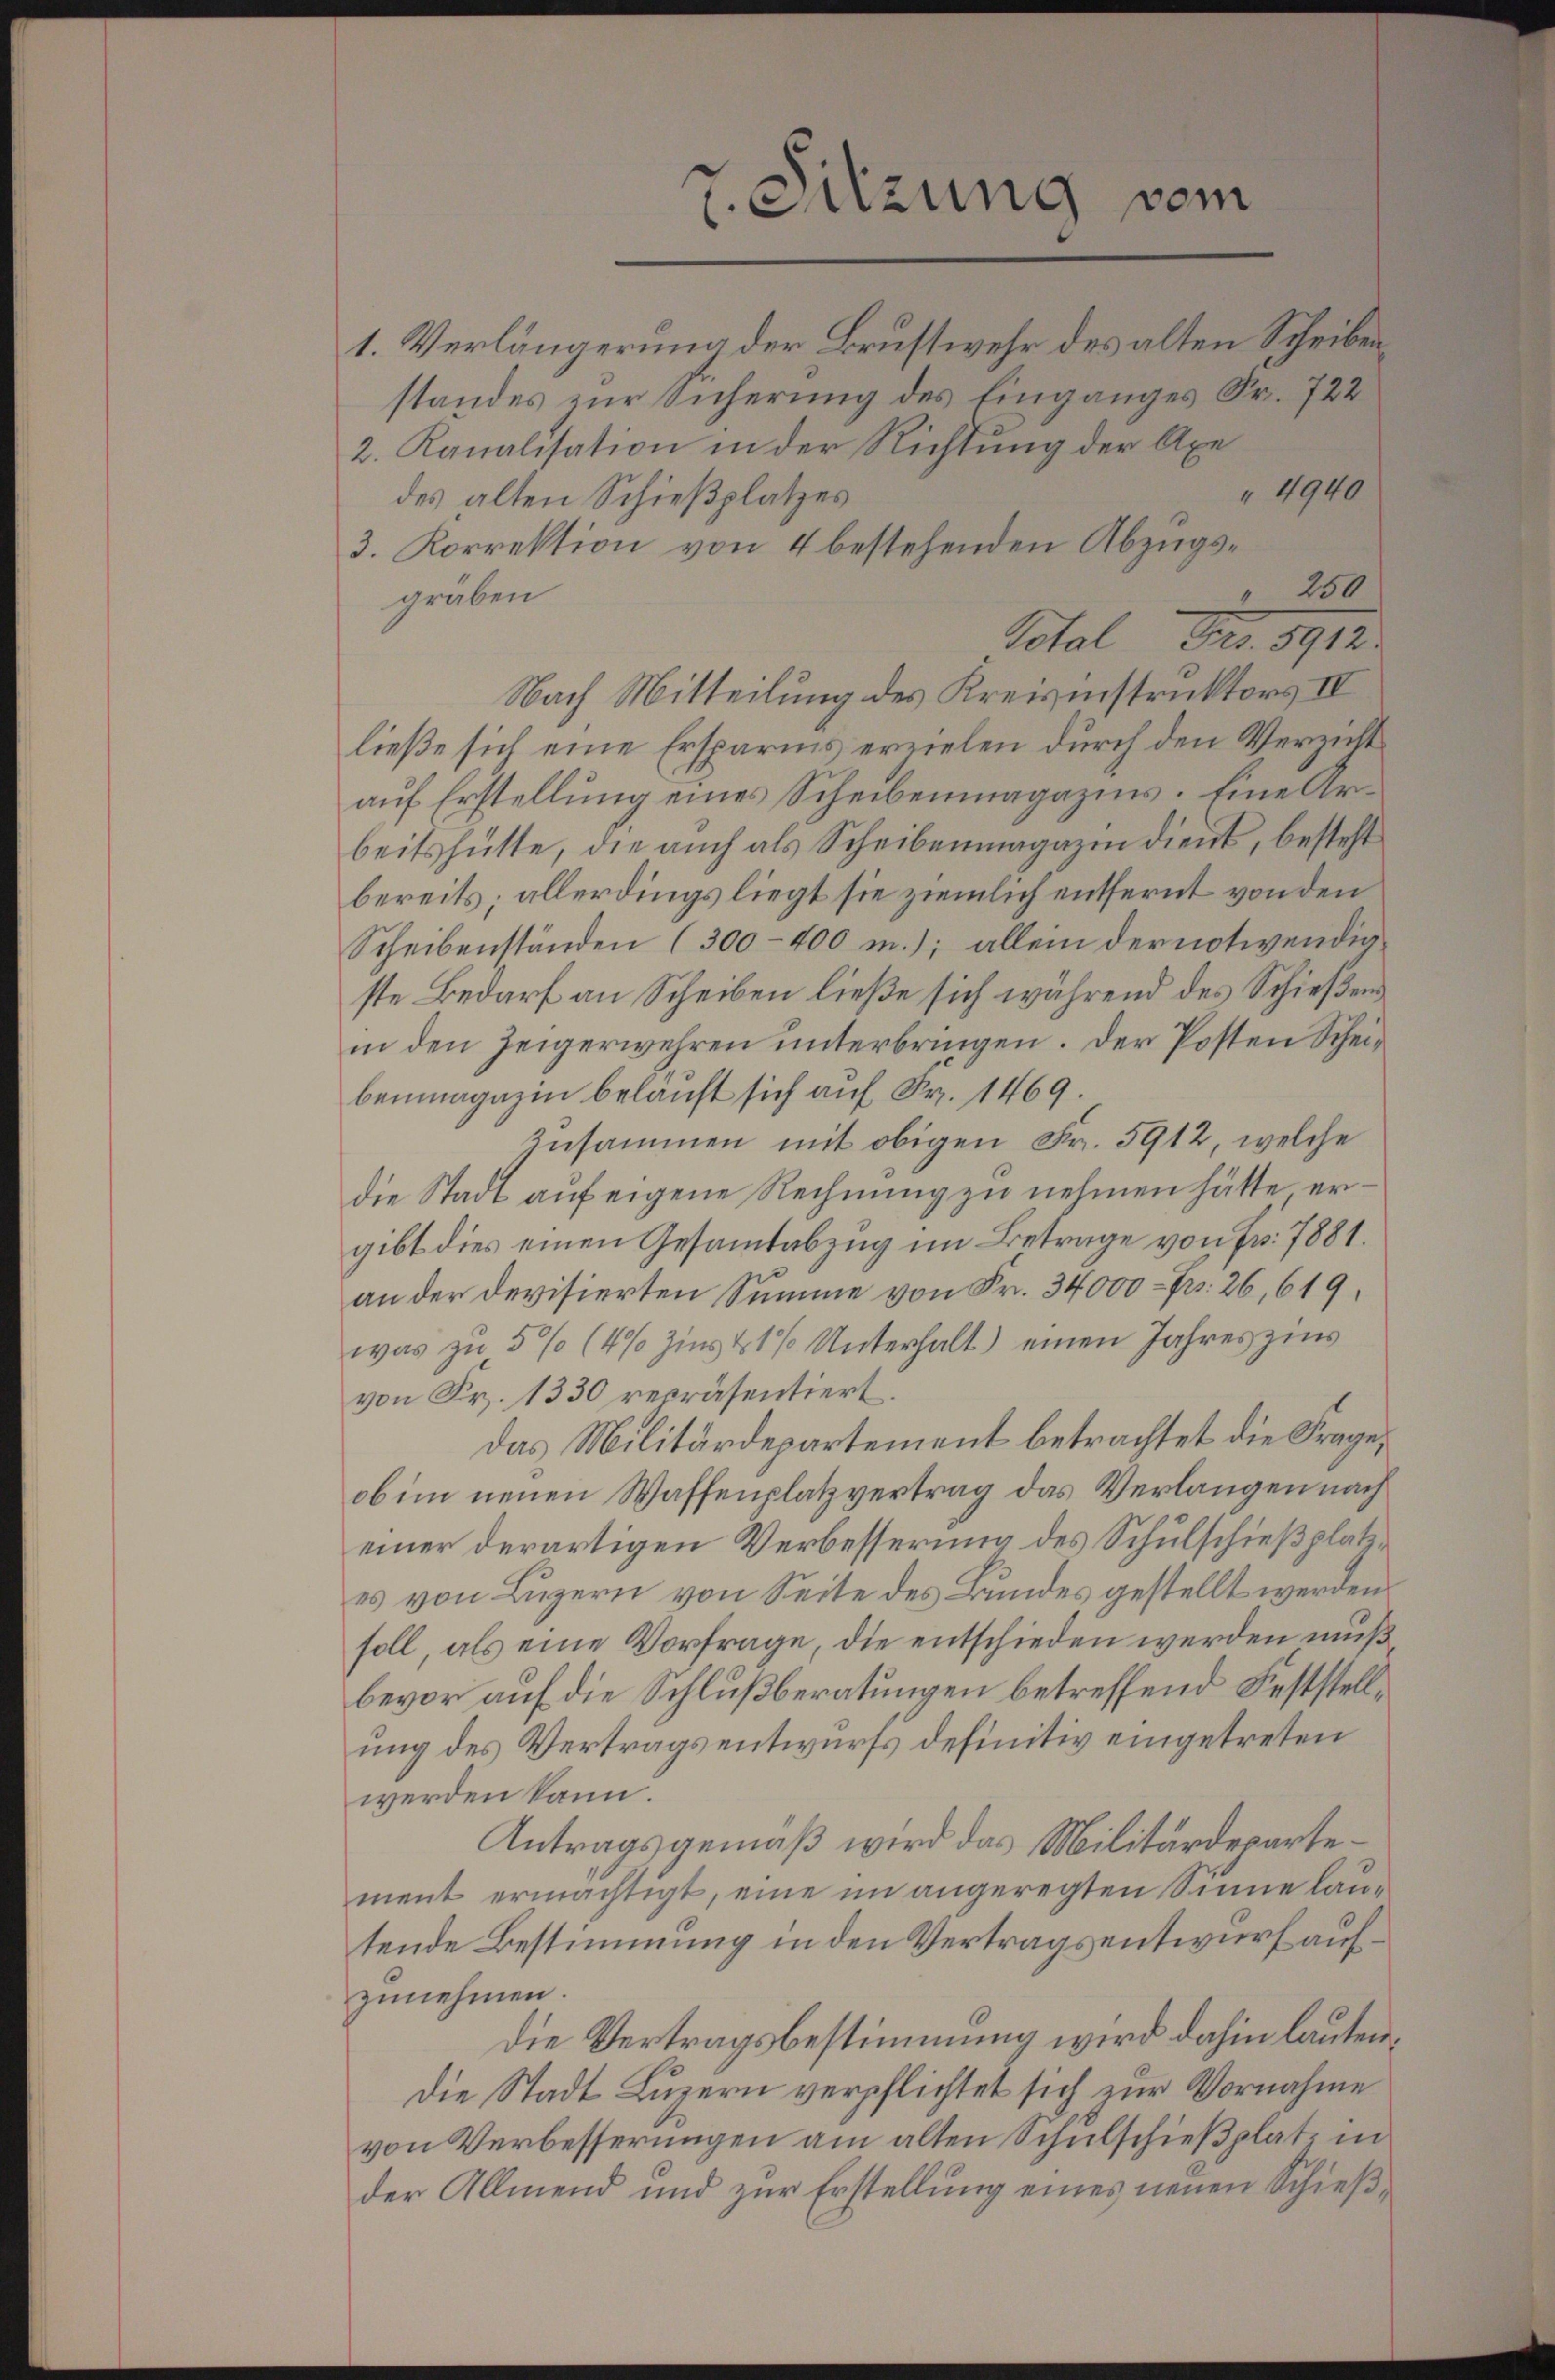
Sitzung vom

1. Verlängerung der Brustwehr des alten Scheiben
standes zur Sicherung des Einganges Fr. 722
2. Kanalisation in der Richtung der Axe
" 4940
des alten Schießplatzes
3. Korrektion von 4 bestehenden Abzugs¬
" 250
gräben
Nach Mitteilung des Kreisinstruktors IV
ließe sich eine Ersparis erzielen durch den Verzicht
auf Erstellung eines Scheibenmagazins. Eine Arbeitshütte, die auch als Scheibenmagazin dient, besteht
bereits; allerdings liegt sie ziemlich entfernt von den
Scheibenständen (300–400 m.); allein der notwendigste Bedarf an Scheiben ließe sich während des Schießens
in den Zeigerwehren unterbringen. Der Posten Scheibenmagazin beläuft sich auf Fr. 1469.
Zusammen mit obigen Fr. 5912, welche
die Stadt auf eigene Rechnung zu nehmen hätte ergibt dies einen Gesamtabzug im Betrage von Fr. 7881.
an der devisierten Summe von Fr. 34,000 – ps. 26, 619.
was zu 5 % (4% Zins 11 % Unterhalt) einen Jahreszins
von Fr. 1330 repräsentiert.
Das Militärdepartement betrachtet die Frage,
ob im neuen Waffenplatzvertrag das Verlangen nach
einer derartigen Verbesserung des Schulschießplatzes von Luzern von Seite des Bundes gestellt werden.
soll, als eine Vorfrage, die entschieden werden muß
bevor auf die Schlußberatungen betreffend Feststellung des Vertragsentwurfs definitiv eingetreten
werden kann.
Antragsgemäß wird das Militärdepartement ermächtigt, eine im angeregten Sinne lautende Bestimmung in den Vertragsentwurf aufzunehmen.
Die Vertragsbestimmung wird dahin lauten,
Die Stadt Luzern verpflichtet sich zur Vornahme
von Verbesserungen am alten Schulschießplatz in
der Allmend und zur Erstellung eines neuen Schieß¬

Total Fr. 8912